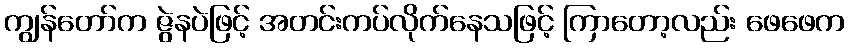
ကျွန်တော်က ဇွဲနပဲဖြင့် အတင်းကပ်လိုက်နေသဖြင့် ကြာတော့လည်း ဖေဖေက